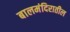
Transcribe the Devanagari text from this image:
बालमंदिरातील